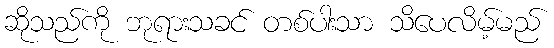
ဆိုသည်ကို ဘုရားသခင် တစ်ပါးသာ သိပေလိမ့်မည်